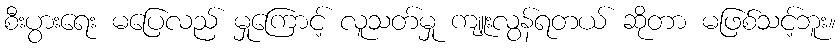
စီးပွားရေး မပြေလည် မှုကြောင့် လူသတ်မှု ကျူးလွန်ရတယ် ဆိုတာ မဖြစ်သင့်ဘူး။